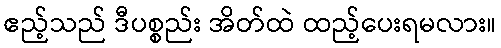
ဧည့်သည် ဒီပစ္စည်း အိတ်ထဲ ထည့်ပေးရမလား။